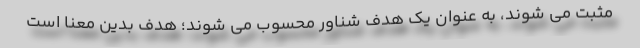
مثبت می شوند، به عنوان یک هدف شناور محسوب می شوند؛ هدف بدین معنا است